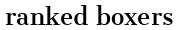
ranked boxers